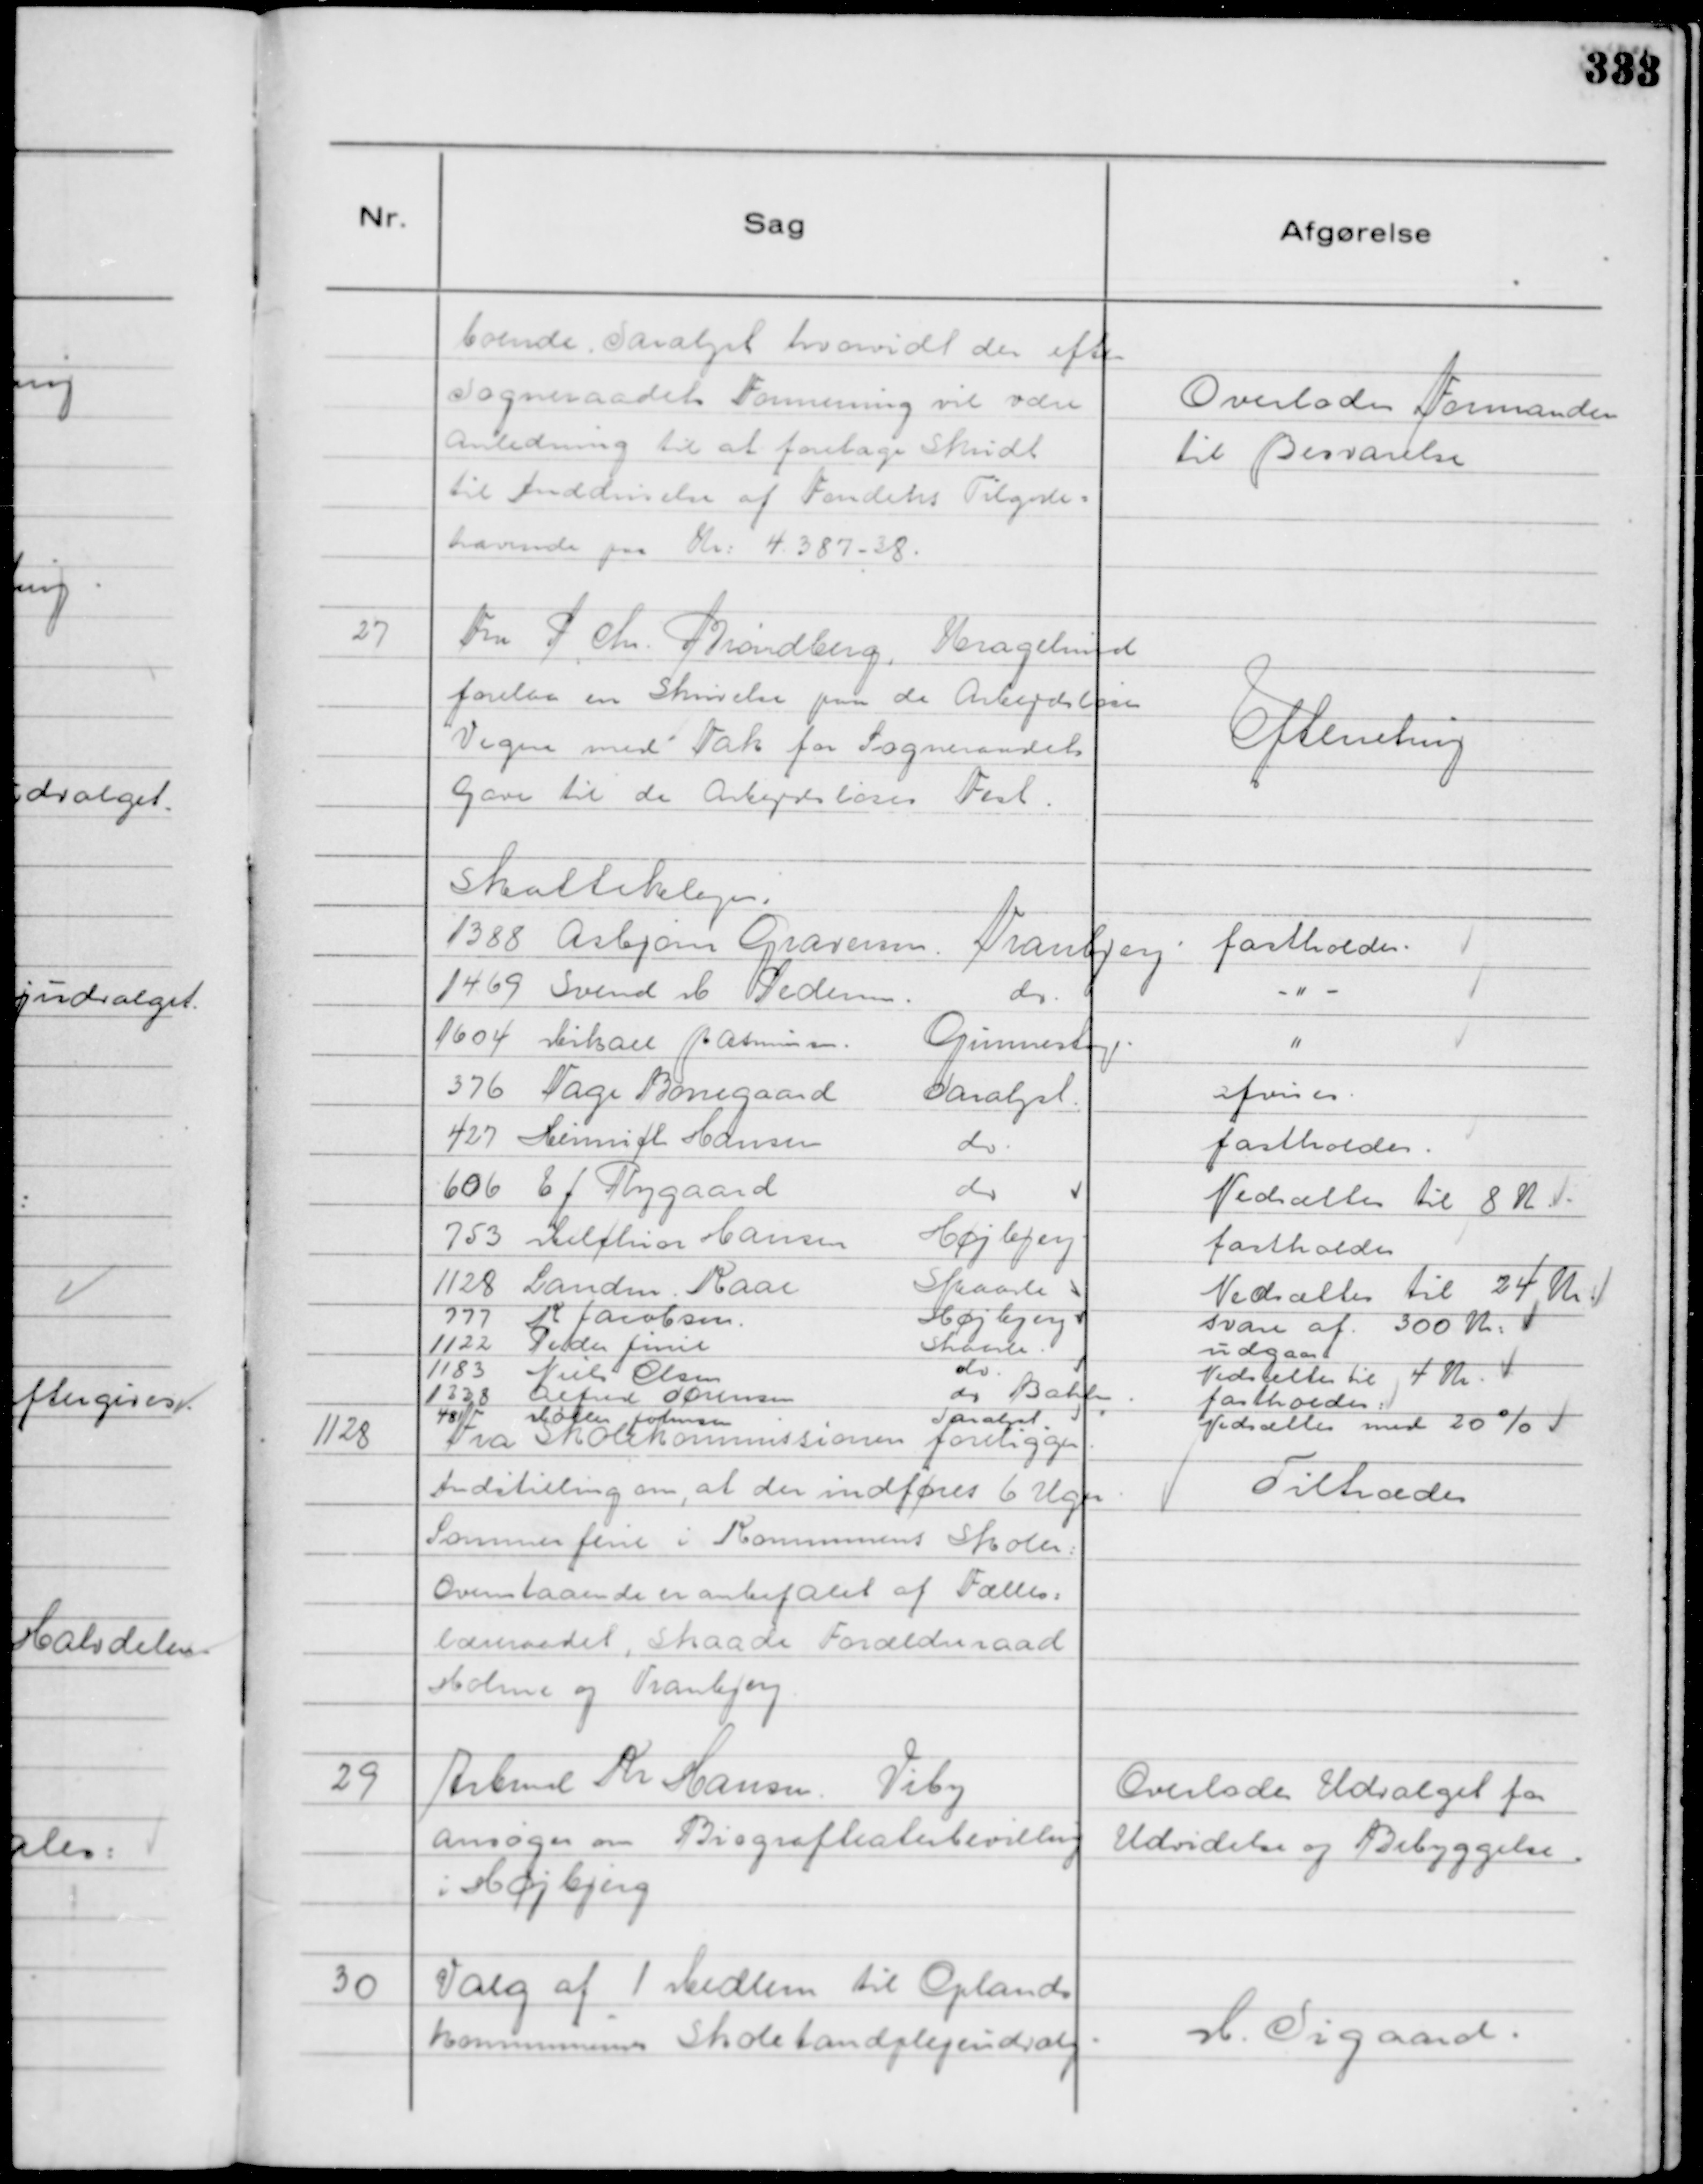
Transskription:
boende. Saralyst hvorvidt der efter
Sogneraadets Formening vil være
Anledning til at foretage skridt
til Inddrivelse Fondets Tilgode=
havende paa Kr: 4.387 - 38.

Overlodes Formanden
til Besvarelse

27
Fra P Chr. Brønberg, Kragelund
forelaa en Skrivelse paa de Arbejdsløses
Vegne med Tak for Sogneraadets
Gave til de Arbejdsløses Fest.

Efterretning

Skatteklager.
1388 Asbjørn Graversen
Tranbjerg
fastholdes.
1469 Svend M Pedersen.
do.
- " -.
1604 Mikael Rasmussen.
Gunnestrup.
"
376 Tage Barregaard
Saralyst.
afvises.
427 Heinrich Hansen
do.
fastholdes.
606 E J Rygaard
do.
Nedsættes til 8 K
753 Melchior Hansen
Højbjerg
fastholdes
1128 Landm. Kaae
Skaade
Nedsættes til 24 Kr
777 K Jacobsen
Højbjerg
svare af 300 Kr:
1122 Peder Juul
Skaade.
udgaar
1183 Niels Olsen
do.
Nedsættes til 4 Kr.
1238 Alfred Sørensen
do Bakker
fastholdes
481 Møller Johnsen
Saralyst
Nedsættes med 20%

1128
Fra Skolekommissionen foreligger
Indstilling om, at der indføres 6 Ugers
Sommerferie i Kommunens Skoler:
Ovenstaaende er anbefalet af Fælles=
lærerraadet, Skaade Forældreraad
Holme og Tranbjerg.

Tiltrædes

29
Arbmd Kr Hansen. Viby
ansøger om Biografteaterbevilling
i Højbjerg

Overlodes Udvalget for
Udvidelse og Bebyggelse.

30
Valg af 1 Medlem til Oplands
kommunernes Skoletandplejeudvalg.

M. Sigaard.